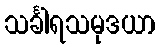
သင်္ခါရသမုဒယာ